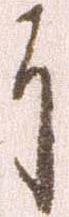
于